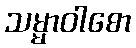
သမ္မာဝါစော